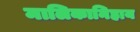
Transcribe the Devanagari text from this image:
मालिकानिहाय